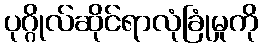
ပုဂ္ဂိုလ်ဆိုင်ရာလုံခြုံမှုကို